Scottish Leaving Certificate Examination, 1951
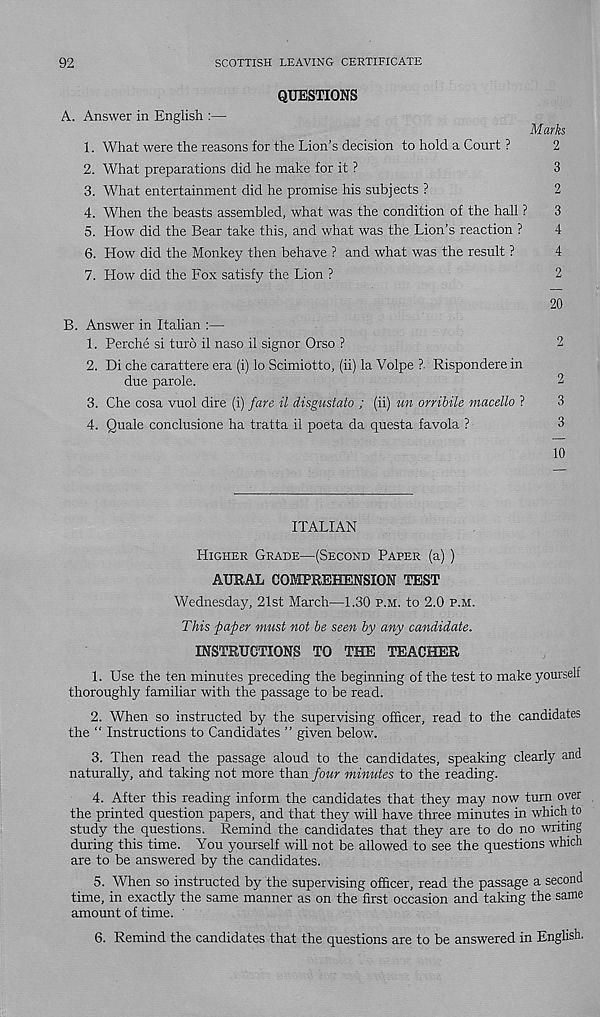
92
SCOTTISH LEAVING CERTIFICATE
QUESTIONS
A. Answer in English :—
Marks
1. What were the reasons for the Lion’s decision to hold a Court ?
2
2. What preparations did he make for it ?
3
3. What entertainment did he promise his subjects ?
2
4. When the beasts assembled, what was the condition of the hall ?
3
5. How did the Bear take this, and what was the Lion’s reaction ?
4
6. How did the Monkey then behave ? and what was the result ?
4
7. How did the Fox satisfy the Lion ?
2
20
B. Answer in Italian :—
1. Perche si turo il naso il signor Orso ?
2
2. Di che carattere era (i) lo Scimiotto, (ii) la Volpe ?. Rispondere in
due parole.
2
3. Che cosa vuol dire (i) fare il disgustato ; (ii) un orribile macello ?
3
4. Quale conclusione ha tratta il poeta da questa favola ?
3
10
ITALIAN
Higher Grade—(Second Paper (a) )
AURAL COMPREHENSION TEST
Wednesday, 21st March—1.30 p.m. to 2.0 p.m.
This paper must not be seen by any candidate.
INSTRUCTIONS TO THE TEACHER
1. Use the ten minutes preceding the beginning of the test to make yourself
thoroughly familiar with the passage to be read.
2. When so instructed by the supervising officer, read to the candidates
the “ Instructions to Candidates ” given below.
3. Then read the passage aloud to the candidates, speaking clearly and
naturally, atid taking not more than four minutes to the reading.
4. After this reading inform the candidates that they may now turn over
the printed question papers, and that they will have three minutes in which to
study the questions. Remind the candidates that they are to do no writing
during this time. You yourself will not be allowed to see the questions which
are to be answered by the candidates.
5. When so instructed by the supervising officer, read the passage a second
time, in exactly the same manner as on the first occasion and taking the same
amount of time.
6. Remind the candidates that the questions are to be answered in English.